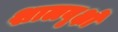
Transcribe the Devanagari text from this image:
शालवृक्षों